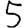
Digit: 5